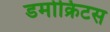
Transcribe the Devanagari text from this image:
डमोक्रिटस